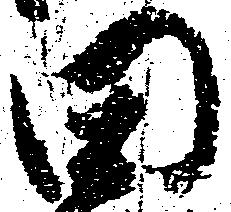
田